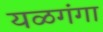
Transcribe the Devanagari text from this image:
यळगंगा